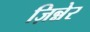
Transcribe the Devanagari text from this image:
ज़िन्नेर